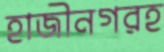
হাজীনগরহ